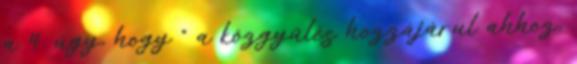
a 4. úgy, hogy “ a közgyűlés hozzájárul ahhoz,